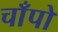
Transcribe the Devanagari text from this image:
चाँपो